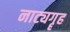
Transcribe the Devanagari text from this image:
नाट्यगॄह